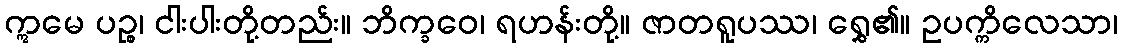
ဣမေ ပဉ္စ၊ ငါးပါးတို့တည်း။ ဘိက္ခဝေ၊ ရဟန်းတို့။ ဇာတရူပဿ၊ ရွှေ၏။ ဥပက္ကိလေသာ၊